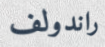
راندولف